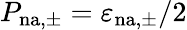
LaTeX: P_{\mathrm{n{a},\pm}}=\varepsilon_{\mathrm{n{a},\pm}}/2